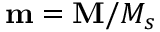
{ \bf m } = { \bf M } / M _ { s }